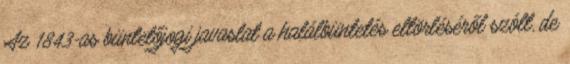
Az 1843-as büntetőjogi javaslat a halálbüntetés eltörléséről szólt, de